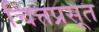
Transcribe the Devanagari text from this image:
चित्तप्रसूत